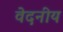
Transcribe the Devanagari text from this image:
वेदनीय